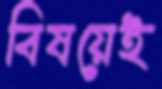
বিষয়েই